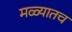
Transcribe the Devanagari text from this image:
मळ्यातच